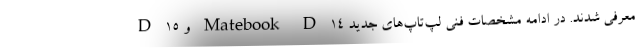
D 15 و Matebook D 14 معرفی شدند. در ادامه مشخصات فنی لپ‌تاپ‌های جدید